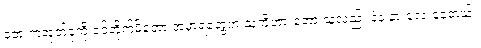
ဘေးကအုတ်ခုံကို ဝင်တိုက်မိတော့ အဲမှာရဲတွေက သူ့ကိုတားတော့ သူလည်း နဲနဲ နားလေးနေတယ်။